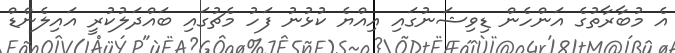
އެ މުބާރާތުގެ އަންހެން ޑިވިޝަނުގައި އިއްޔެ ކުޅުނު ފަހު މެޗުގައި ބައްދަލުކުރީ އައިލެންޑް